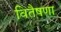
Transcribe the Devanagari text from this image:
वितैषणा